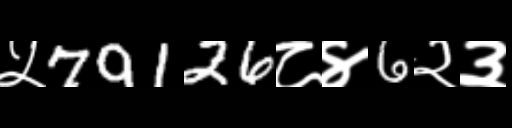
Text: ५79126८४6२३